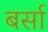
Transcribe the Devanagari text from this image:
बर्सा